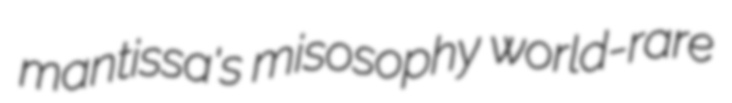
mantissa's misosophy world-rare